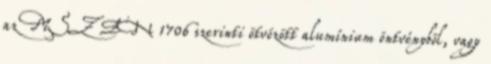
az MSZ EN 1706 szerinti ötvözött alumínium öntvénybõl, vagy